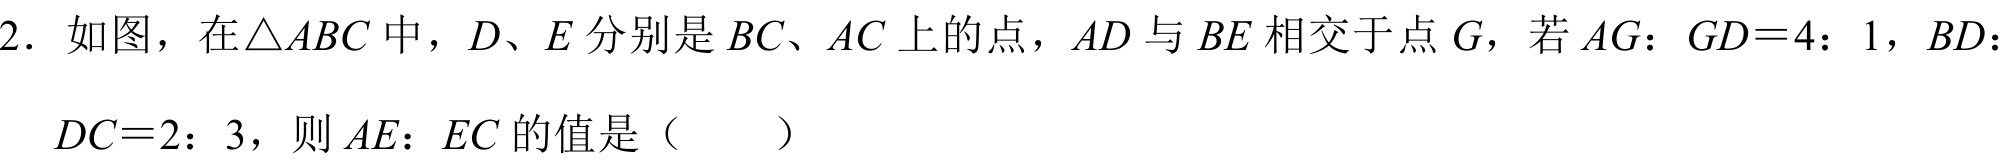
2. 如图，在\(\triangle ABC\)中，\(D、E\)分别是\(BC、AC\)上的点，\(AD\)与\(BE\)相交于点\(G\)，若\(AG：GD = 4：1\)，\(BD：DC = 2：3\)，则\(AE：EC\)的值是（  ）